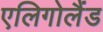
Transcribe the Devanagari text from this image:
एलिगोलैंड